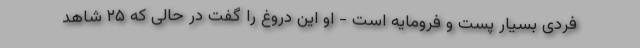
فردی بسیار پست و فرومایه است - او این دروغ را گفت در حالی که ۲۵ شاهد